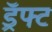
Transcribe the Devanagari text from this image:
ड्रॅफ्ट